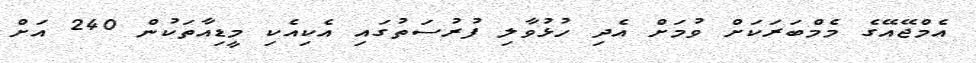
އެމްޖޭއޭގެ މެމްބަރަކަށް ވުމަށް އެދި ހުޅުވާލި ފުރުސަތުގައި އެކިއެކި މީޑިއާތަކުން 240 އަށް